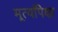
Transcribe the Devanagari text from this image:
मूर्त्यांपेक्षा